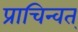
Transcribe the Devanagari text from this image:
प्राचिन्वत्‌